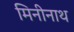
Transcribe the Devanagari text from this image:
मिनीनाथ